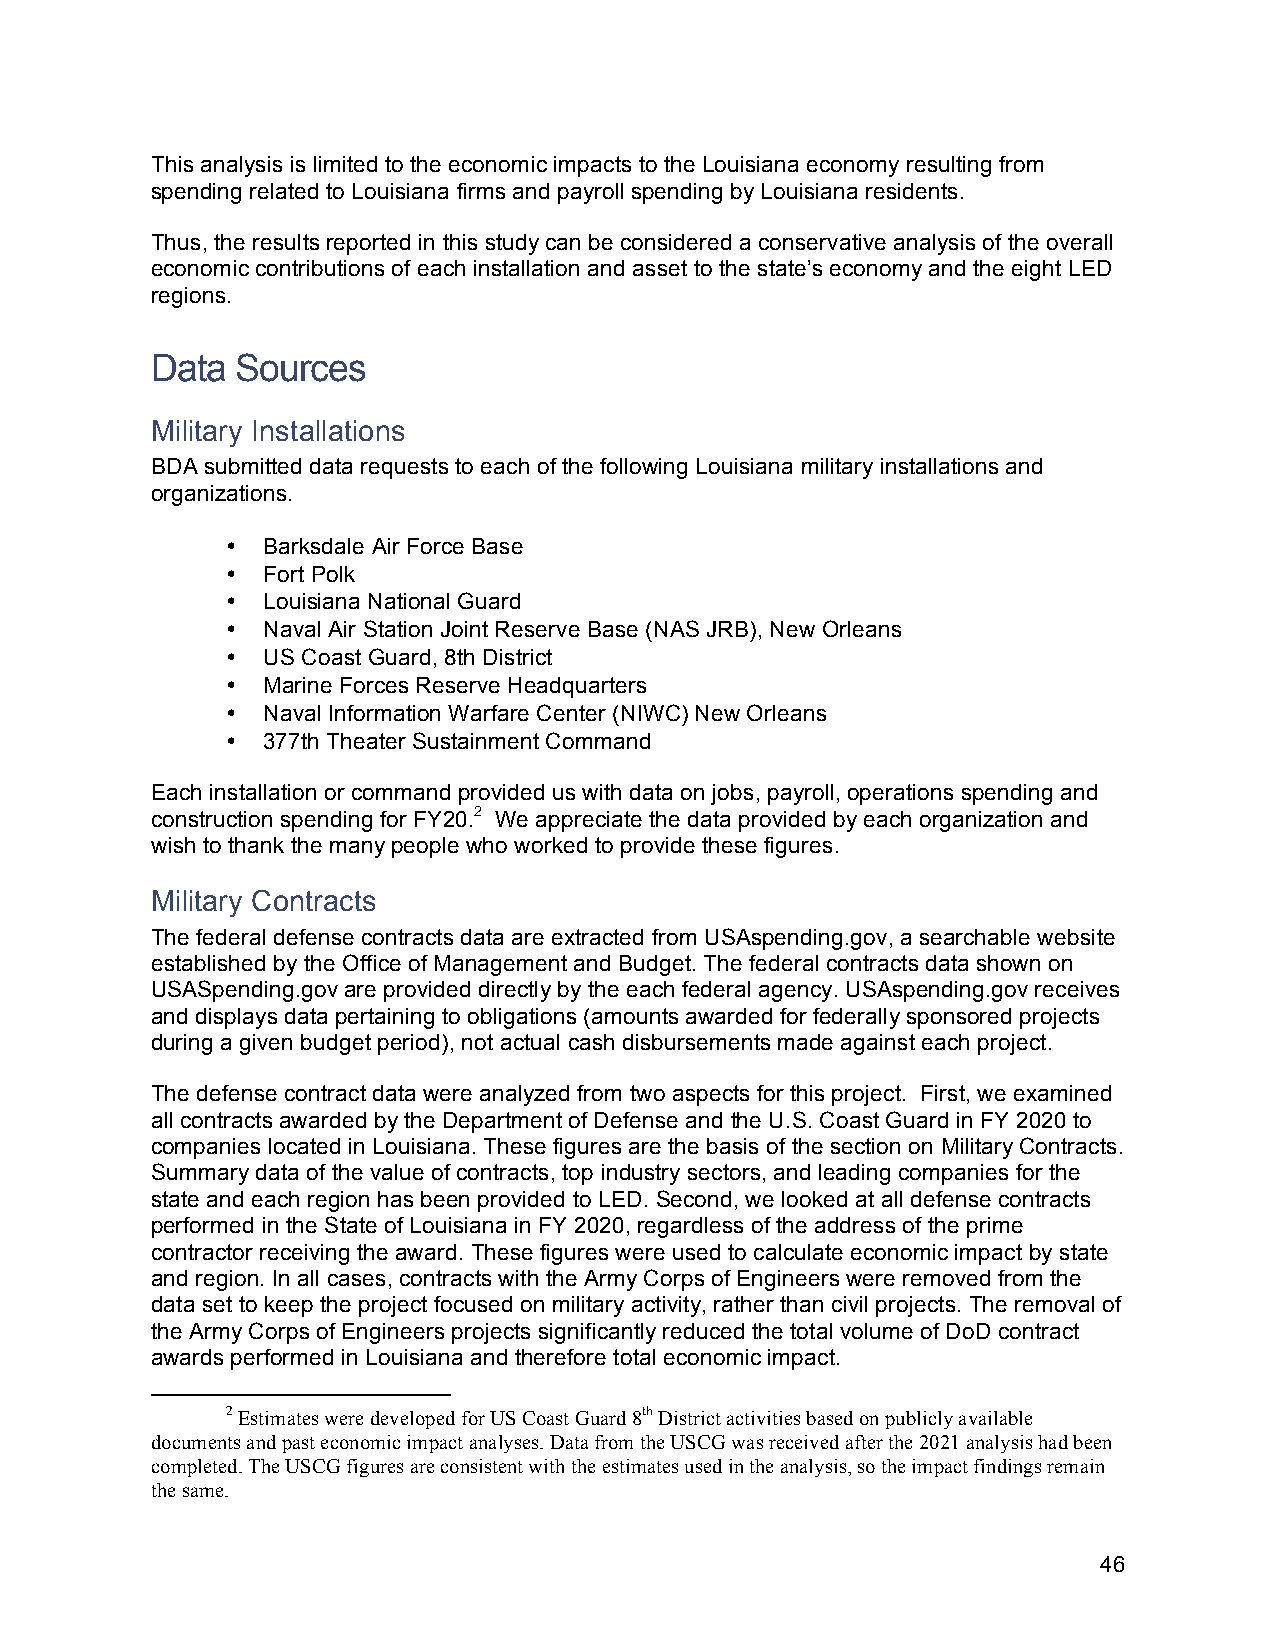
This analysis is limited to the economic impacts to the Louisiana economy resulting from
 spending related to Louisiana firms and payroll spending by Louisiana residents.
 Thus, the results reported in this study can be considered a conservative analysis of the overall
 economic contributions of each installation and asset to the state’s economy and the eight LED
 regions.
 Data  Sources
 Military Installations
 BDA submitted data requests to each of the following Louisiana military installations and
 organizations.
 • Barksdale Air Force Base
 • Fort Polk
 • Louisiana National Guard
 • Naval Air Station Joint Reserve Base (NAS JRB), New Orleans
 • US Coast Guard, 8th District
 • Marine Forces Reserve Headquarters
 • Naval Information Warfare Center (NIWC) New Orleans
 • 377th Theater Sustainment Command
 Each installation or command provided us with data on jobs, payroll, operations spending and
 construction spending for FY20.2 We appreciate the data provided by each organization and
 wish to thank the many people who worked to provide these figures.
 Military Contracts
 The federal defense contracts data are extracted from USAspending.gov, a searchable website
 established by the Office of Management and Budget. The federal contracts data shown on
 USASpending.gov are provided directly by the each federal agency. USAspending.gov receives
 and displays data pertaining to obligations (amounts awarded for federally sponsored projects
 during a given budget period), not actual cash disbursements made against each project.
 The defense contract data were analyzed from two aspects for this project. First, we examined
 all contracts awarded by the Department of Defense and the U.S. Coast Guard in FY 2020 to
 companies located in Louisiana. These figures are the basis of the section on Military Contracts.
 Summary data of the value of contracts, top industry sectors, and leading companies for the
 state and each region has been provided to LED. Second, we looked at all defense contracts
 performed in the State of Louisiana in FY 2020, regardless of the address of the prime
 contractor receiving the award. These figures were used to calculate economic impact by state
 and region. In all cases, contracts with the Army Corps of Engineers were removed from the
 data set to keep the project focused on military activity, rather than civil projects. The removal of
 the Army Corps of Engineers projects significantly reduced the total volume of DoD contract
 awards performed in Louisiana and therefore total economic impact.
 2 Estimates were developed for US Coast Guard 8th District activities based on publicly available
 documents and past economic impact analyses. Data from the USCG was received after the 2021 analysis had been
 completed. The USCG figures are consistent with the estimates used in the analysis, so the impact findings remain
 the same.
 46